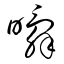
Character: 瞬